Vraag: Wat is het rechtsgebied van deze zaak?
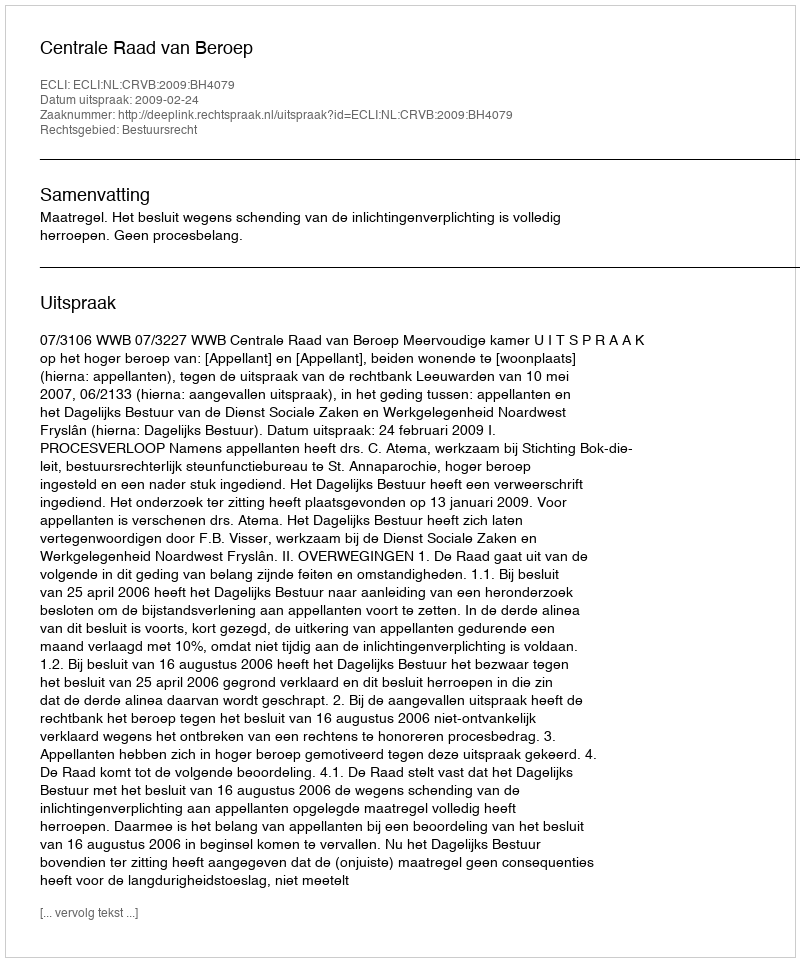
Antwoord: Bestuursrecht